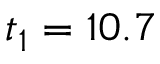
t _ { 1 } = 1 0 . 7